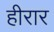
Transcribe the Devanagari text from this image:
हीरार